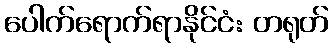
ပေါက်ရောက်ရာနိုင်ငံ: တရုတ်